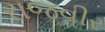
રાજવીર